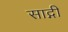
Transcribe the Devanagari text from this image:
साद्गी